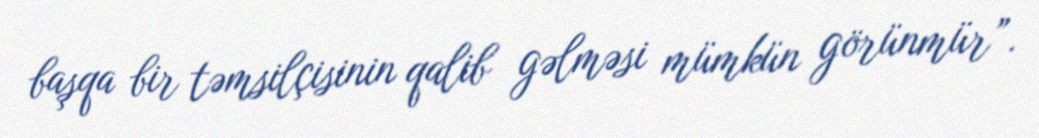
başqa bir təmsilçisinin qalib gəlməsi mümkün görünmür”.